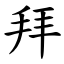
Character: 拜